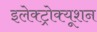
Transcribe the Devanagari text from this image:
इलेक्ट्रोक्यूशन